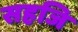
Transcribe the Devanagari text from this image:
सहजि